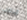
مرطب